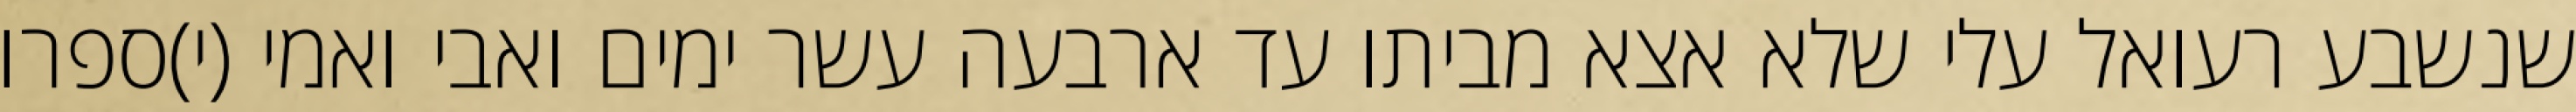
שנשבע רעואל עלי שלא אצא מביתו עד ארבעה עשר ימים ואבי ואמי (י)ספרו